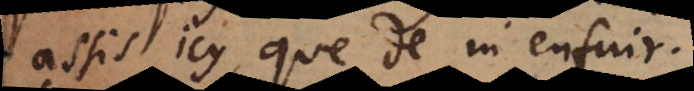
assis icy que de m’enfuir.